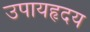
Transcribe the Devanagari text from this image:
उपायहृदय